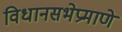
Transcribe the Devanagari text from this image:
विधानसभेप्रमाणे